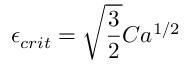
{ \epsilon } _ { c r i t } = \sqrt { \frac { 3 } { 2 } } C a ^ { 1 / 2 }